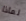
لماذا